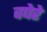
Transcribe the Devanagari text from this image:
वघेरे